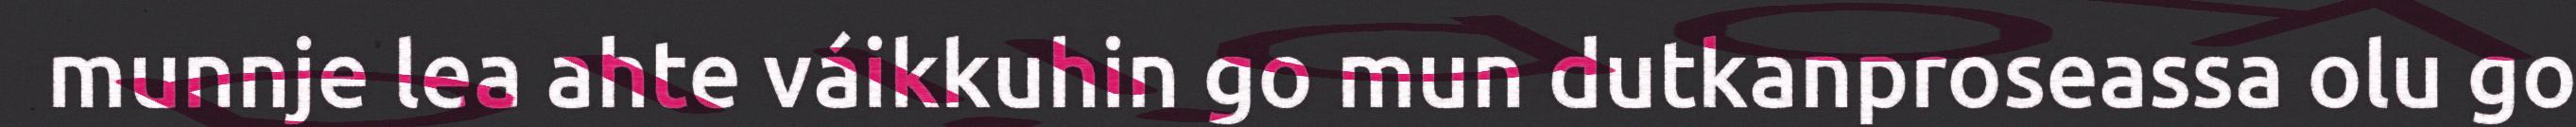
munnje lea ahte váikkuhin go mun dutkanproseassa olu go